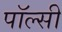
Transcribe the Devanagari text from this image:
पॉल्सी